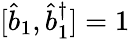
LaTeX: [\hat{b}_{1},\hat{b}_{1}^{\dagger}]=1